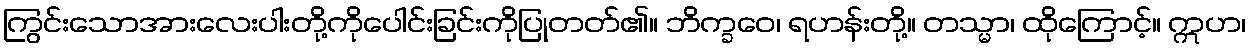
ကြွင်းသောအားလေးပါးတို့ကိုပေါင်းခြင်းကိုပြုတတ်၏။ ဘိက္ခဝေ၊ ရဟန်းတို့။ တသ္မာ၊ ထိုကြောင့်။ ဣဟ၊